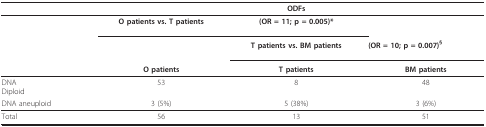
<table><thead><tr><td></td><td></td><td><b>ODFs</b></td><td></td></tr></thead><tbody><tr><td></td><td><b>O patients vs. T patients</b></td><td><b>(OR = 11; p = 0.005)*</b></td><td></td></tr><tr><td></td><td></td><td><b>T patients vs. BM patients</b></td><td><b>(OR = 10; p = 0.007)</b><sup><b>§</b></sup></td></tr><tr><td></td><td><b>O patients</b></td><td><b>T patients</b></td><td><b>BM patients</b></td></tr><tr><td>DNADiploid</td><td>53</td><td>8</td><td>48</td></tr><tr><td>DNA aneuploid</td><td>3 (5%)</td><td>5 (38%)</td><td>3 (6%)</td></tr><tr><td>Total</td><td>56</td><td>13</td><td>51</td></tr></tbody></table>